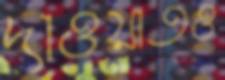
দাওয়াতও